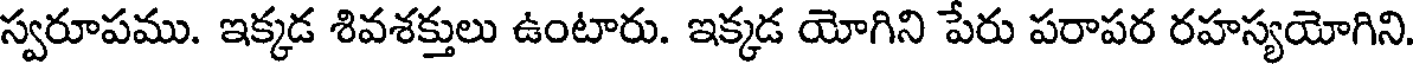
స్వరూపము. ఇక్కడ శివశక్తులు ఉంటారు. ఇక్కడ యోగిని పేరు పరాపర రహస్యయోగిని